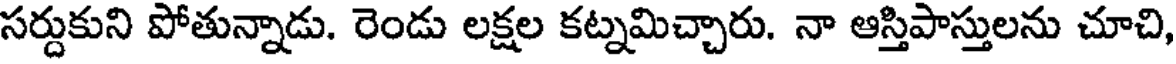
సర్దుకుని పోతున్నాడు. రెండు లక్షల కట్నమిచ్చారు. నా ఆస్తిపాస్తులను చూచి,